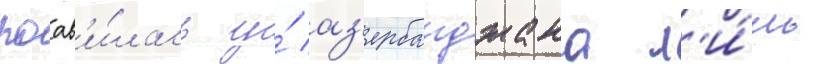
поав'и́лась у́ аз'ербаиджана л'и́шь